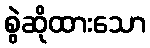
စွဲဆိုထားသော